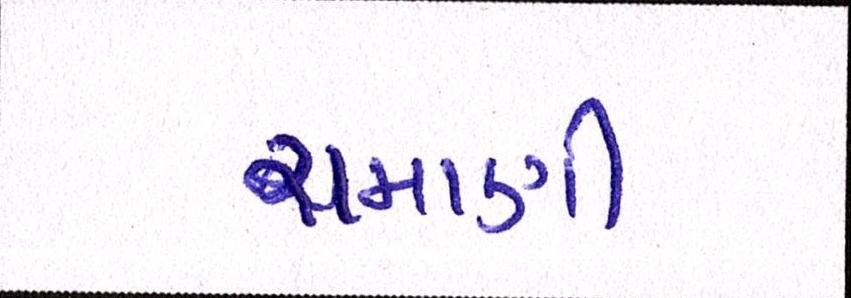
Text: રામાણી